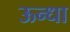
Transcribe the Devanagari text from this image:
ऊन्धा